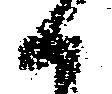
く